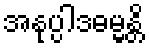
အနုပ္ပါဒဓမ္မန္တိ